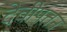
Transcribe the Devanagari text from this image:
देवीपत्तन